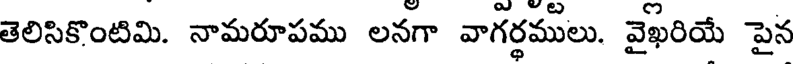
తెలిసికొంటిమి. నామరూపము లనగా వాగర్థములు. వైఖరియే పైన